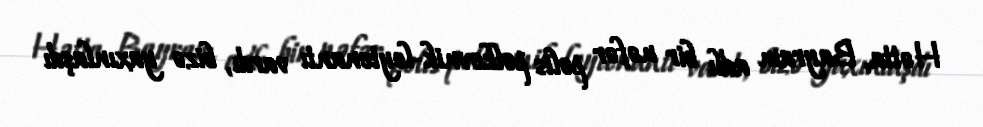
Hətta, Bayram adlı bir nəfər polis polkovnik-leytenantı vardı, bizə yaxınlaşdı